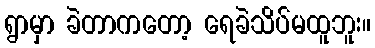
ရွာမှာ ခဲတာကတော့ ရေခဲသိပ်မထူဘူး။